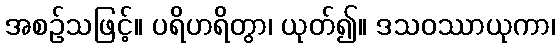
အစဉ်သဖြင့်။ ပရိဟရိတွာ၊ ယုတ်၍။ ဒသဝဿာယုကာ၊